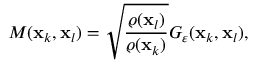
M ( \mathbf { x } _ { k } , \mathbf { x } _ { l } ) = \sqrt { \frac { \varrho ( \mathbf { x } _ { l } ) } { \varrho ( \mathbf { x } _ { k } ) } } G _ { \varepsilon } ( \mathbf { x } _ { k } , \mathbf { x } _ { l } ) ,